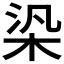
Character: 𣑃